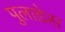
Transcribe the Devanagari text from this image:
पुलाडेस